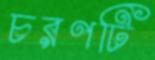
চরণটি